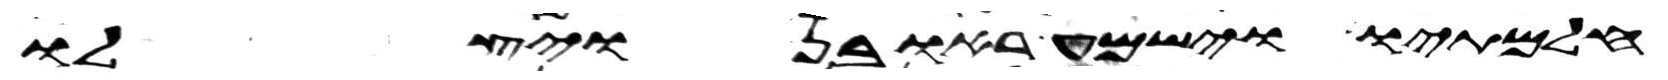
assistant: חלמתיו וישמע ראובן ויצלו